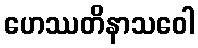
ဟေဿတိနာသဝေါ